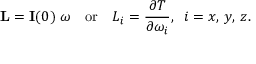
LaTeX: \mathbf { L } = \mathbf { I } ( 0 ) \; { \boldsymbol { \omega } } \quad { \mathrm { o r } } \quad L _ { i } = { \frac { \partial T } { \partial \omega _ { i } } } , \; \; i = x , \, y , \, z .